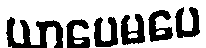
ယာပေမပေ